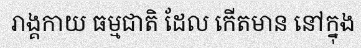
រាង្គកាយ ធម្មជាតិ ដែល កើតមាន នៅក្នុង